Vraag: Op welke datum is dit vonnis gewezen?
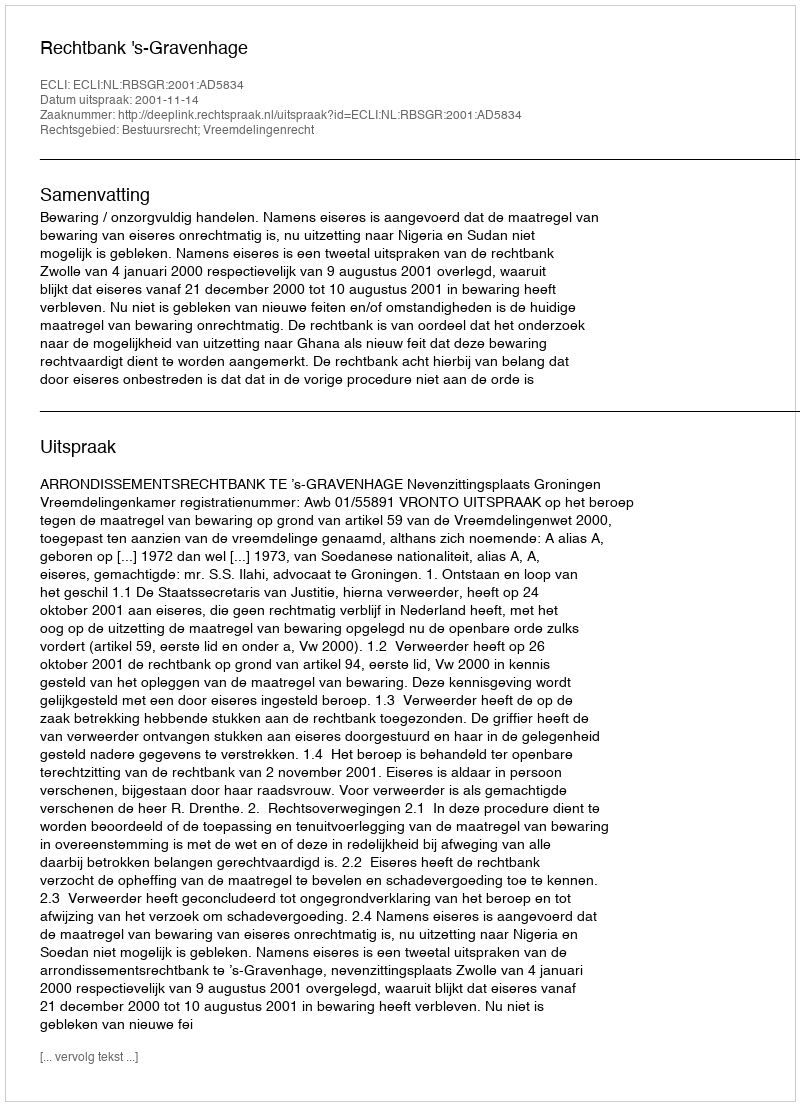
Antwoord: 2001-11-14